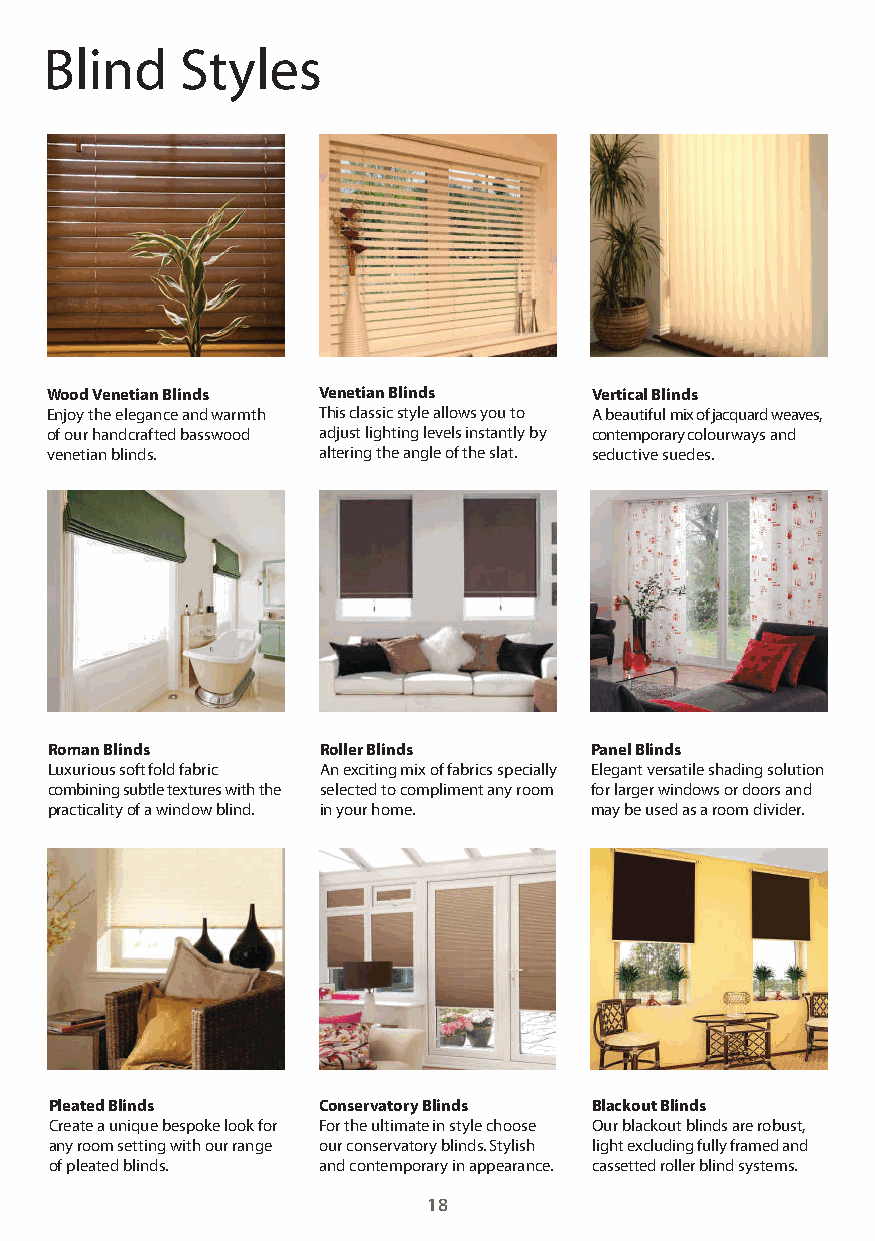
Blind    Styles
 Wood Venetian Blinds Venetian Blinds Vertical Blinds
 Enjoy the elegance and warmth This classic style allows you to A beautiful mix of jacquard weaves,
 of our handcrafted basswood adjust lighting levels instantly by contemporary colourways and
 venetian blinds.  altering the angle of the slat. seductive suedes.
 Roman Blinds      Roller Blinds     Panel Blinds
 Luxurious soft fold fabric An exciting mix of fabrics specially Elegant versatile shading solution
 combining subtle textures with the selected to compliment any room for larger windows or doors and
 practicality of a window blind. in your home. may be used as a room divider.
 Pleated Blinds    Conservatory Blinds Blackout Blinds
 Create a unique bespoke look for For the ultimate in style choose Our blackout blinds are robust,
 any room setting with our range our conservatory blinds. Stylish light excluding fully framed and
 of pleated blinds. and contemporary in appearance. cassetted roller blind systems.
 18